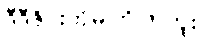
ဒီဒီဇိုင်းကိုမကြိုက်ဘူး။